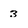
Character: 3